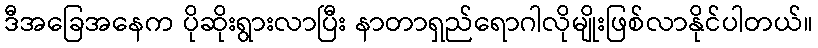
ဒီအခြေအနေက ပိုဆိုးရွားလာပြီး နာတာရှည်ရောဂါလိုမျိုးဖြစ်လာနိုင်ပါတယ်။